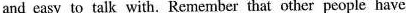
and easy to talk with. Remember that other people have